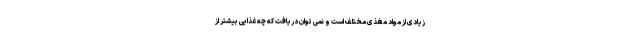
زیادی از مواد مغذی مختلف است و نمی توان دریافت که چه غذایی بیشتر از